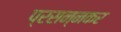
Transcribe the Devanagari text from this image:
प्रसन्नकर